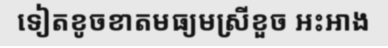
ទៀតខូចខាតមធ្យមស្រីខួច អះអាង